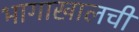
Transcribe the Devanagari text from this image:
भागाखालची